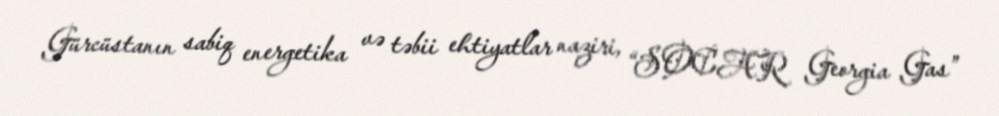
Gürcüstanın sabiq energetika və təbii ehtiyatlar naziri, “SOCAR Georgia Gas”